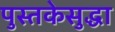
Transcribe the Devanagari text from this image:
पुस्तकेसुद्धा